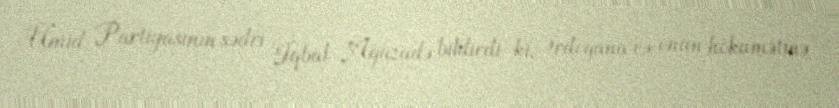
Ümid Partiyasının sədri İqbal Ağazadə bildirdi ki, Ərdoğana və onun hökumətinə